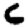
Digit: 6